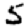
Digit: 5